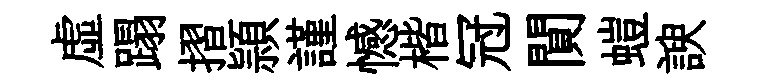
虚蹋摺頴謹憾楷冠閴螘諛